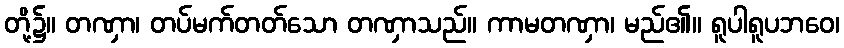
တို့၌။ တဏှာ၊ တပ်မက်တတ်သော တဏှာသည်။ ကာမတဏှာ၊ မည်၏။ ရူပါရူပဘဝေ၊